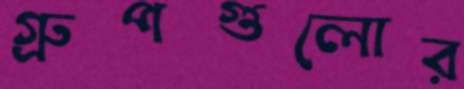
গ্রুপগুলোর